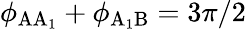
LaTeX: \phi_{\mathrm{AA_{1}}}+\phi_{\mathrm{A_{1}B}}=3\pi/2